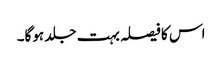
اس کا فیصلہ بہت جلد ہوگا۔